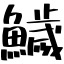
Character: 鱥